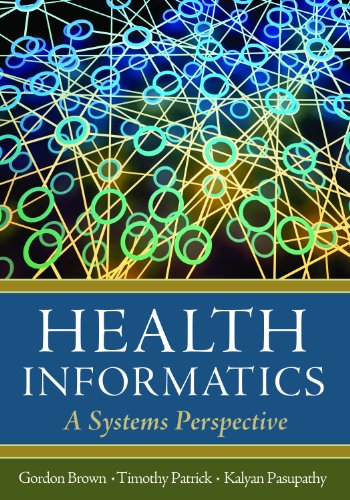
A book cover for Health Informatics: A Systems Perspective; Gordon D. Brown; Medical Books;